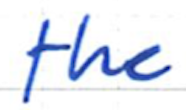
Text: the
Cross-out: clean
Writing tool: ballpoint